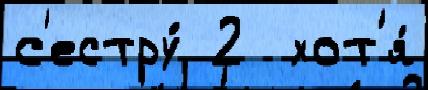
с'естру́ 2  хот'я́